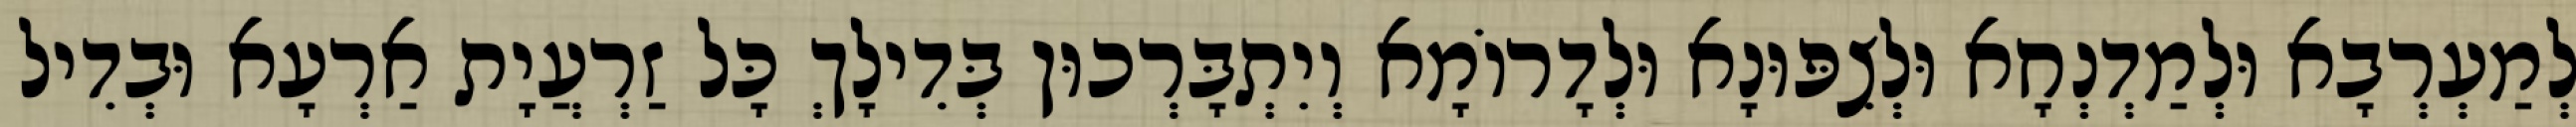
לְמַעְרְבָא וּלְמַדְנְחָא וּלְצִפּוּנָא וּלְדָרוֹמָא וְיִתְבָּרְכוּן בְּדִילָךְ כָּל זַרְעֲיָת אַרְעָא וּבְדִיל